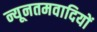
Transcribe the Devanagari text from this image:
न्यूनतमवादियों